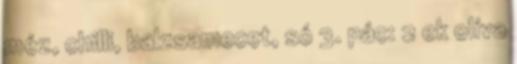
méz, chilli, balzsamecet, só 3. pác: 2 ek olíva